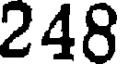
248